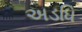
અડધિ